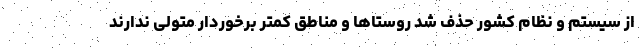
از سیستم و نظام کشور حذف شد روستاها و مناطق کمتر برخوردار متولی ندارند